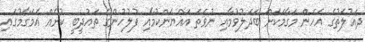
ދައުލަތުގެ އެހެން މަގާމަކަށް ބަދަލުވުމާއި ނުވަތަ އައްޔަންކުމާއި ފުލުހުންގެ ތައުދީބީ ކުށެއް އެމަގާމުގައި